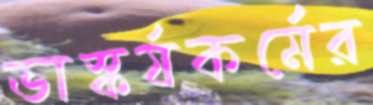
ভাস্কর্যকর্মের